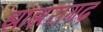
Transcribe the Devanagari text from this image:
झांझरागढ़